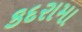
કદરામા